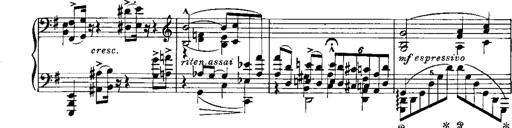
Title: RÃ©miniscences de Norma de Bellini
Composer: Franz Liszt